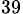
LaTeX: _{39}